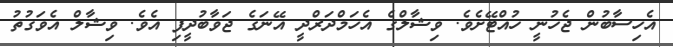
އެހިސާބުން ޖެހުނީ ހުއްޓޭށެވެ. ވިޝާލްގެ އެހަމްދަރްދީ އޭނަގެ ޖަވާބުދީފި އެވެ. ވިޝާލް އެވަގުތު